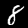
Label: 8